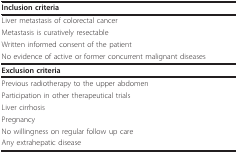
| Inclusion criteria |
 | --- |
 | Liver metastasis of colorectal cancer |
 | Metastasis is curatively resectable |
 | Written informed consent of the patient |
 | No evidence of active or former concurrent malignant diseases |
 | Exclusion criteria |
 | Previous radiotherapy to the upper abdomen |
 | Participation in other therapeutical trials |
 | Liver cirrhosis |
 | Pregnancy |
 | No willingness on regular follow up care |
 | Any extrahepatic disease |